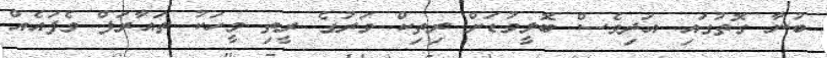
ބުނާ ގޮތުގައި އަދިވެސް ބޮލީވުޑަށް ރިތިކް ވަރުގެ ރީތި މީހަކު ތައާރަފް ވެފައެއް